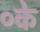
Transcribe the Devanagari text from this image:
०के